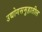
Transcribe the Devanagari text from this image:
उद्योगसमुहातील